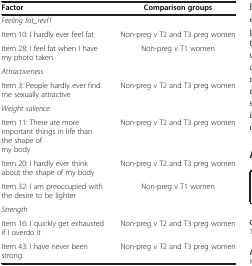
<table><thead><tr><td><b>Factor</b></td><td><b>Comparison groups</b></td></tr></thead><tbody><tr><td><i>Feeling fat_revf1</i></td><td> </td></tr><tr><td>Item 10: I hardly ever feel fat</td><td>Non-preg v T2 and T3 preg women</td></tr><tr><td>Item 28: I feel fat when I have my photo taken</td><td>Non-preg v T1 women</td></tr><tr><td><i>Attractiveness</i></td><td> </td></tr><tr><td>Item 3: People hardly ever find me sexually attractive</td><td>Non-preg v T2 and T3 preg women</td></tr><tr><td><i>Weight salience</i></td><td> </td></tr><tr><td>Item 11: There are more important things in life than the shape of my body</td><td>Non-preg v T2 and T3 preg women</td></tr><tr><td>Item 20: I hardly ever think about the shape of my body</td><td>Non-preg v T2 and T3 preg women</td></tr><tr><td>Item 32: I am preoccupied with the desire to be lighter</td><td>Non-preg v T1 women</td></tr><tr><td><i>Strength</i></td><td> </td></tr><tr><td>Item 16: I quickly get exhausted if I overdo it</td><td>Non-preg v T2 and T3 preg women</td></tr><tr><td>Item 43: I have never been strong</td><td>Non-preg v T2 and T3 preg women</td></tr></tbody></table>